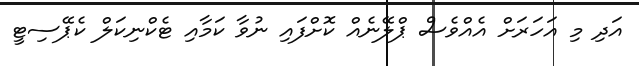
އަދި މި އަހަރަށް އެއްވެސް ޕްލޭނެއް ކޮށްފައި ނުވާ ކަމާއި ޓެކްނިކަލް ކެޕޭސިޓީ